Vital statistics of India. Vol. V, Reports of 1876 on armies & jails and on epidemic cholera
Year: 1876
Disease focus: Cholera
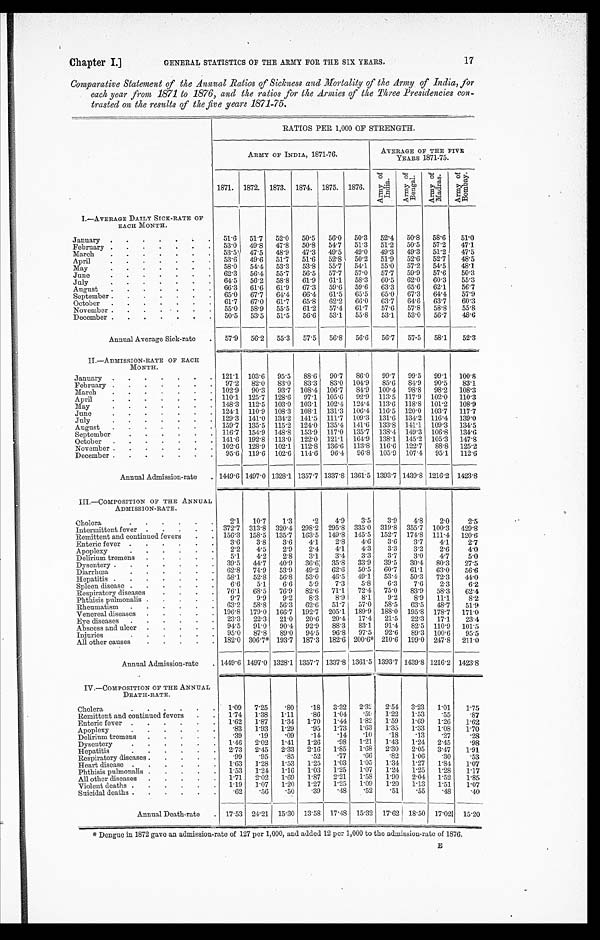
Chapter I]
GENERAL STATISTICS OF THE ARMY FOR THE SIX YEARS.
17
Comparative Statement of the Annual Ratios of Sickness and Mortality of the Army of India, for
each year from 1871 to 1876, and the ratios for the Armies of the Three Presidencies con-
trasted on the results of the five years 1871-75.
RATIOS PER 1,000 OF STRENGTH.
ARMY OF INDIA, 1871-76.
AVERAGE OF THE FIVE
YEARS 1871-75.
1871. 1872. 1873. 1874. 1875. 1876.
Ar my o f I n d i a .
A r m y o fB
e n g a l .
Ar my of Ma dr a s . A r m y o f B o m b a y .
I.—AVERAGE DAILY SICK-RATE OF
EACH MONTH.
January . . .
51.6
51.7 52.0
50.5
56.0
50.3
52.4 50.8
58.6
51.0
February . . . 53.0 49.8 47.8
50.8
54.7
51.3
51.2
50.5 57.2
47.1
March . . . 53.5
47.5 48.9
47.3 49.5
49.0 49.3 49.3
51.2
47.5
April . . . 53.6 49.6 51.7
51.6
52.8
50.2
51.9
52.6
52.7
48.5
May . . .
58.0
54.4 53.3
53.8
55.7
54.1
55.0
57.2
54.5
48.1
June . . .
62.3
56.4 55.7
56.5
57.7
57.0
57.7
59.9
57.6
50.3
July . . .
64.5
56.2
58.8
61.9
61.1
58.3 60.5
62.0
60.3
55.3
August . . . 66.3 61.6 61.9
67.3
59.6 59.6 63.3
65.6
62.1
56.7
September . . . 65.0 67.7 64.4 66.4 61.5 65.5 65.0
67.3 64.4
57.9
October . . . 61.7
67.0
61.7
65.8
62.2
66.0
63.7
64.6
63.7
60.3
November . . . 55.0
58.9
55.5
61.2
57.4 61.7
57.6
57.8
58.8
55.8
December . . . 50.5 53.5
51.5
56.6
53.1
55.8
53.1
53.0
56.7
48.6
Annual Average Sick-rate . . . 57.9 56.2
55.3
57.5
56.8
56.6
56.7
57.5
58.1
5 2 . 3
II—ADMISSION-RATE OF EACH
MONTH.
January . . . 121.1 103.6 95.5 88.6
90.7
86.0
99.7
99.5 99.1 100.8
February . . . 97.2 82.0 83.0 83.3
83.0 104.9
85.6
84.9 90.5
83.1
March . . . 102.9 90.3 93.7 108.4 106.7
84.9 100.4 98.8 98.2 108.3
April . . . 110.1 125.7 128.6
97.1 105.6
92.9 113.5 117.9 102'0 110.3
May . . .
148.3 112.5 103.0 103.1 102.4 124.4 113.6 118.8 101.2 108.9
June . . . 124.1 110.9 108.3 108.1 131.3 106.4 116.5 120.0 103.7 117.7
July . . .
129.3 141.0 134.2 141.5 111.7 109.3 131.6 134.2 116.4 139.0
August . . . 159.7 135.5 115.2 124.0 135.4 141.6 133.8 141.1 109.3 134.5
September . . . 116.7 154.9 148.8 153.9 117.0 135.7 138.4 149.3 106.8 134.6
October . . . 141.6 192.8 113.0 122.0 121.1 164.9 138.1 145.2 105.3 147.8
November . . . 102.6 128.9 102.1 112.8 136.6 113.8 116.6 122.7
88.8 125.2
December . . . 95.6 119.6 102.6 114.6 96.4
96.8 105.9 107.4 95.1 112.6
Annual Admission-rate . . . 1449.6 1497.0 1328.1 1357.7 1337.8 1361.5 1393.7 1439.8 1216.2 1423.8
III.—COMPOSITION OF THE ANNUAL
ADMISSION-RATE.
Cholera
2.1
10.7
1.3
.2
4.9
3.5
3.9
4.8
2.0
2.5
Intermittent fever . . . 372.7 313.8 320.4 298.2 295.8 335.0 319.8 355.7 100.3 429.8
Remittent and continued fevers . . . 156.3 158.5 135.7 163.5 149.8 145.5 152.7 174.8 111.4 120.6
Enteric fever . . .
3.6
3.8
3.6
4.1
2.8
4.6
3.6
3.7
4.1
2.7
Apoplexy . . .
2.2
4.5
2.9
2.4
4.1
4.3
3.3
3.2
2.6
4.0
Delirium tremens . . .
5.1
4.2
2.8
3.1
3.4
3.3
3.7
3.0
4.7
5.0
Dysentery . . . 39.5 44.7
40.9
36.6
35.8 33.9
39.5
30.4 80.3
27.5
Diarrhœa . . . 62.8
74.9
53.9 49.2
62.6
50.5
60.7
61.1
63.0
56.6
Hepatitis . . . 58.1
52.8
56.8
53.0 46.5 49.1
53.4 50.3
72.3
44.0
Spleen disease . . .
6.6
5.1
6.6
5.9
7.3
5.8
6.3
7.6
2.3
6.2
Respiratory diseases . . . 76.1
68.5
76.9
82.6
71.1
72.4 75.0
83.9
58.3
62.4
Phthisis pulmonalis . . .
9.7
9.9
9.2
8.3
8.9
8.1
9.2
8.9
11.1
8.2
Rheumatism . . . 63.2 58.8 56.3 62.6
51.7
57.0
58.5
63.5
48.7
51.9
Venereal diseases . . . 196.8 179.0 166.7 192.7 205.1 189.9 188.0 195.8 178.7 171. 0
Eye diseases . . . 23.3
22.3
21.0
20.6
20.4
17.4
21.5
22.3
17.1
23.4
Abscess and ulcer . . . 94.5 91.0
90.4 92.9
88.3
83.1
91.4
82.5 110.9 101.5
Injuries . . . 95.0 87.8
89.0 94.5
96.8
97.5
92.6
89.3 100.6
95.5
All other causes . . . 182.0 306.7* 193.7 187.3 182.6 200.6* 210.6 199.0 247.8 211.0
Annual Admission-rate . . . 1449.6 1497.0 1328.1 1357.7 1337.8 1361.5 1393.7 1439.8 1216.2 1423.8
IV.—COMPOSITION OF THE ANNUAL
DEATH-RATE.
Cholera . . . 1.09
7.25
.80
.18
3.32 2.32 2.54
3.23
1.01
1.75
Remittent and continued fevers . . . 1.74 1.38
1.11
.86
1.04
. 5 9 1.22
1.53
.55
.87
Enteric fever . . . 1.62
1.87
1.34
1.70
1.44 1.82
1.59
1.69
1.26
1.62
Apoplexy . . .
.83
1.93 1.29
.95
1.73 1.63
1.35
1.33
1.08
1.70
Delirium tremens . . .
.39
.19
.09
.14
.14
.10
.18
.13
.27
.28
Dysentery . . . 1.46
2.02
1.41
1.26
.98
1.21
1.43
1.24 2.45
.98
Hepatitis . . . 2.73
2.45
2.33
2.16
1.85
1.68
2.30
2.05
3.47
1.91
Respiratory diseases . . .
.99
.95
.85
.52
.77
.66
.82
1.06
.30
.53
Heart disease . . . 1.63 1.28
1.53
1.25 1.03
1.05
1.34 1.27
1.84
1.07
Phthisis pulmonalis . . . 1.53
1.24 1.16
1.03 1.25
1.07
1.24
1.25
1.28
1.17
All other diseases . . .
1. 71 2.02
1.69
1.87 2.21
1.58
1.90
2.04 1.52
1 . 8 5
Violent deaths . . . 1.19
1.07
1.20
1.27
1.25
1.09
1.20
1.13
1.51
1.07
Suicidal deaths . . .
.62
.56
.50
.39
.48
.52
.51
.55
.48
.40
Annual Death-rate . . . 17.53 24.21 15.30 13.58 17.48 15.32 17.62 18.50 17.021 15.20
*Dengue in 1872 gave an admission-rate of 127 per 1,000, and added 12 per 1,000 to the admission-rate of 1876.